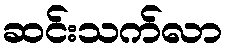
ဆင်းသက်လာ